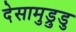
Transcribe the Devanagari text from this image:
देसामुड्रुडु